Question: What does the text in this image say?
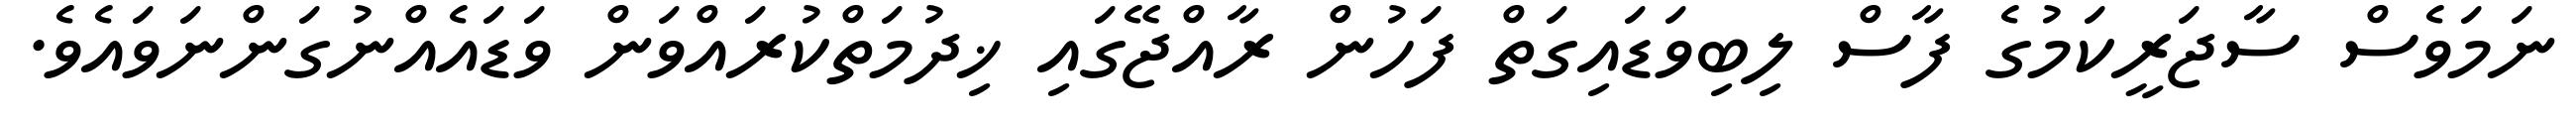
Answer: ނަމަވެސް ސާޖަރީކަމުގެ ފާސް ލިބިވަޑައިގަތް ފަހުން ރާއްޖޭގައި ޚިދުމަތްކުރައްވަން ވަޑައެއްނުގަންނަވައެވެ.